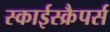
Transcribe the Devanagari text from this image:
स्काईस्क्रैपर्स